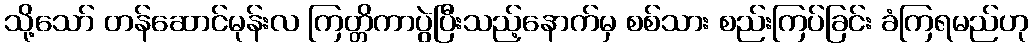
သို့သော် တန်ဆောင်မုန်းလ ကြတ္တိကာပွဲပြီးသည့်နောက်မှ စစ်သား စည်းကြပ်ခြင်း ခံကြရမည်ဟု